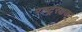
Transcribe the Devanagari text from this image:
राष्ट्ररक्षक